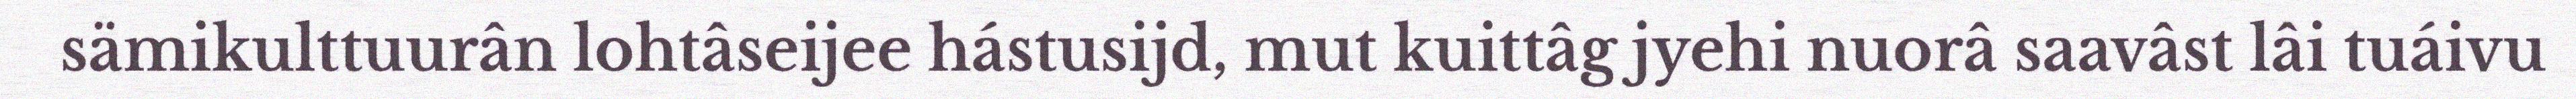
sämikulttuurân lohtâseijee hástusijd, mut kuittâg jyehi nuorâ saavâst lâi tuáivu